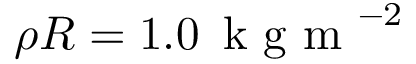
\rho R = 1 . 0 \, \mathrm { ~ k ~ g ~ m ~ } ^ { - 2 }